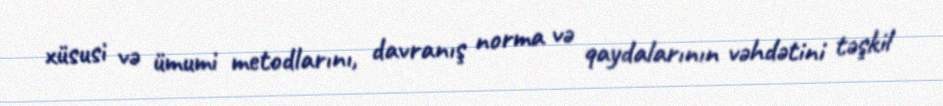
xüsusi və ümumi metodlarını, davranış norma və qaydalarının vəhdətini təşkil